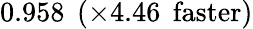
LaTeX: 0.958\: \: (\times 4.46\: \: \mathrm{faster})